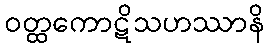
ဝတ္ထကောဋိသဟဿာနိ